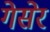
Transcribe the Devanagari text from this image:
गेसेर